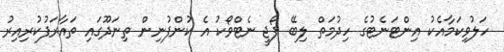
ހަލުވިކަމާއެކު އިންޓަނެޓުގެ ހިދުމަތް ލިބޭ ފޯޖީ ނެޓްވޯކު އެ ކުންފުނިން ތިނަދޫގައި ތައާރަފުކުރިއިރު